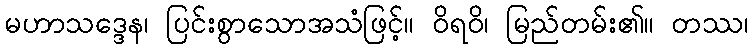
မဟာသဒ္ဒေန၊ ပြင်းစွာသောအသံဖြင့်။ ဝိရဝိ၊ မြည်တမ်း၏။ တဿ၊